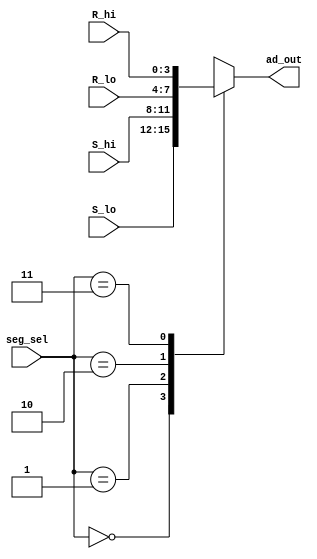
`timescale 1ns / 1ps
//////////////////////////////////////////////////////////////////////////////////
// Company:    CSULB Student
//             Wilson Reimer
// 
// Design Name: 
// Module Name:    ad_mux 
// Project Name: 
// Target Devices: 
// Tool versions: 
// Description:
//       A 4-to-1 MUX for the address/data
//       information to be multiplexed into
//       the 7-segment display.
//
// Dependencies: 
//       Segment select, incoming addresses,
//       and incoming data.
//
// Revision: 
// Revision 0.01 - File Created
// Additional Comments: 
//
//////////////////////////////////////////////////////////////////////////////////
module ad_mux(seg_sel,R_hi,R_lo,S_hi,S_lo,ad_out);
   input     [1:0] seg_sel;
   input     [3:0] S_hi;
   input     [3:0] S_lo;
   input     [3:0] R_hi;
   input     [3:0] R_lo;
   output    [3:0] ad_out;
   reg       [3:0] ad_out;
	
   always @(seg_sel)
   case(seg_sel)
      2'b00:    ad_out = S_lo;
      2'b01:    ad_out = S_hi;
      2'b10:    ad_out = R_lo;
      2'b11:    ad_out = R_hi;
      default:  ad_out = 4'bz;  //if segment select is 0
                                //set to high impedance
	endcase

endmodule